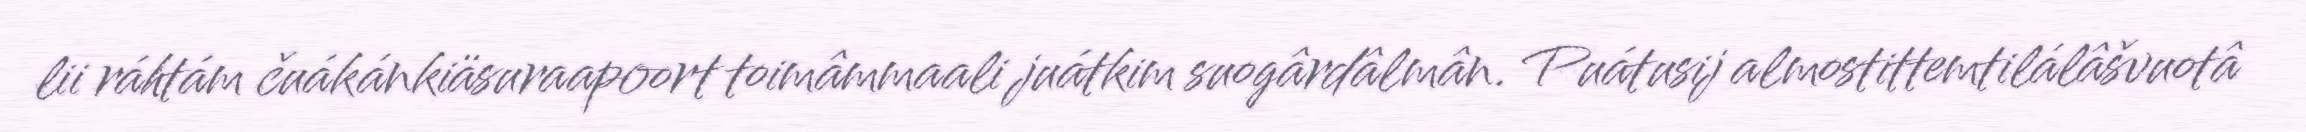
lii ráhtám čuákánkiäsuraapoort toimâmmaali juátkim suogârdâlmân. Puátusij almostittemtilálâšvuotâ